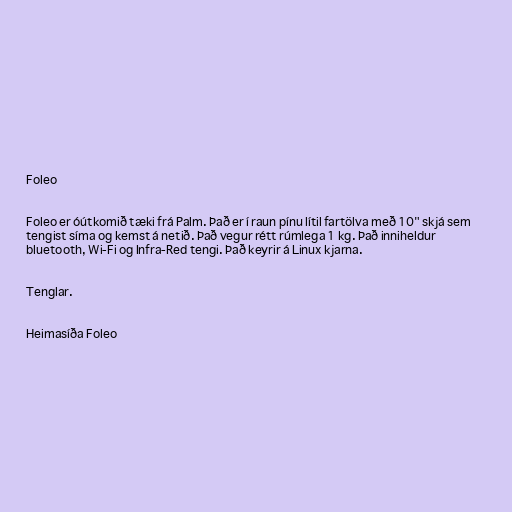
Foleo

Foleo er óútkomið tæki frá Palm. Það er í raun pínu lítil fartölva með 10" skjá sem
tengist síma og kemst á netið. Það vegur rétt rúmlega 1 kg. Það inniheldur
bluetooth, Wi-Fi og Infra-Red tengi. Það keyrir á Linux kjarna.

Tenglar.

Heimasíða Foleo